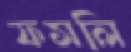
ফসলি